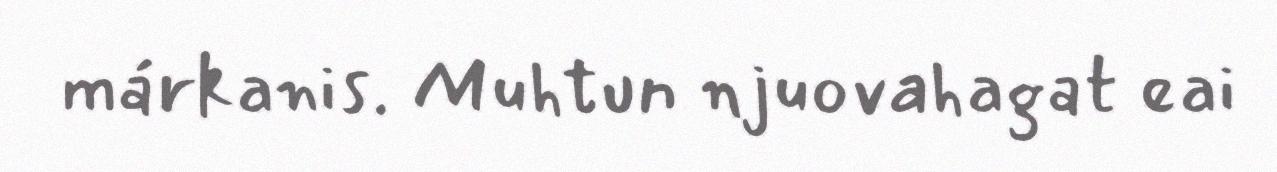
márkanis. Muhtun njuovahagat eai